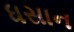
ધસાન